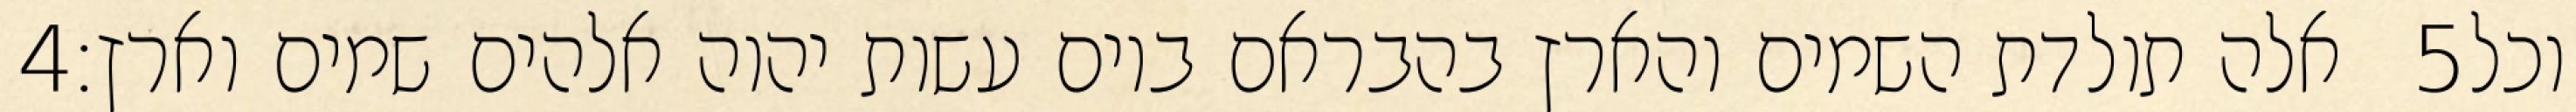
‎4‏ אלה תולדת השמים והארץ בהבראם ביום עשות יהוה אלהים שמים וארץ׃ ‎5‏ וכל